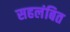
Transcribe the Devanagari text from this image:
सहलंबित